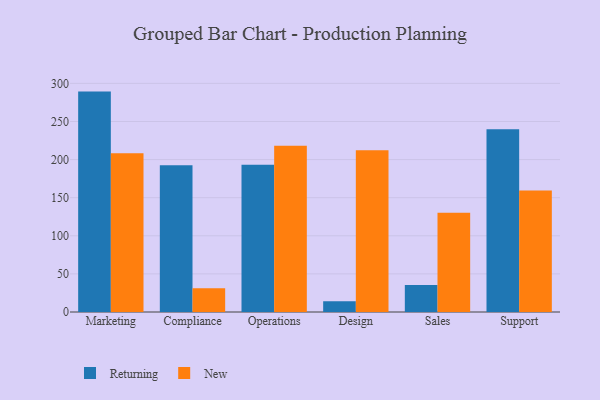
{"axis": {"x": "Department", "y": "Page Views"}, "legend": ["New", "Returning"], "data": [{"x": "Marketing", "y": 289.2, "type": "Returning"}, {"x": "Marketing", "y": 208.2, "type": "New"}, {"x": "Compliance", "y": 192.4, "type": "Returning"}, {"x": "Compliance", "y": 31.1, "type": "New"}, {"x": "Operations", "y": 193.3, "type": "Returning"}, {"x": "Operations", "y": 218.0, "type": "New"}, {"x": "Design", "y": 14.1, "type": "Returning"}, {"x": "Design", "y": 212.3, "type": "New"}, {"x": "Sales", "y": 35.3, "type": "Returning"}, {"x": "Sales", "y": 130.2, "type": "New"}, {"x": "Support", "y": 239.9, "type": "Returning"}, {"x": "Support", "y": 159.5, "type": "New"}]}